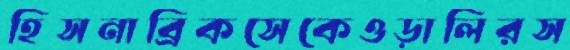
হিসনাব্রিকসেকেওড়ালিরস